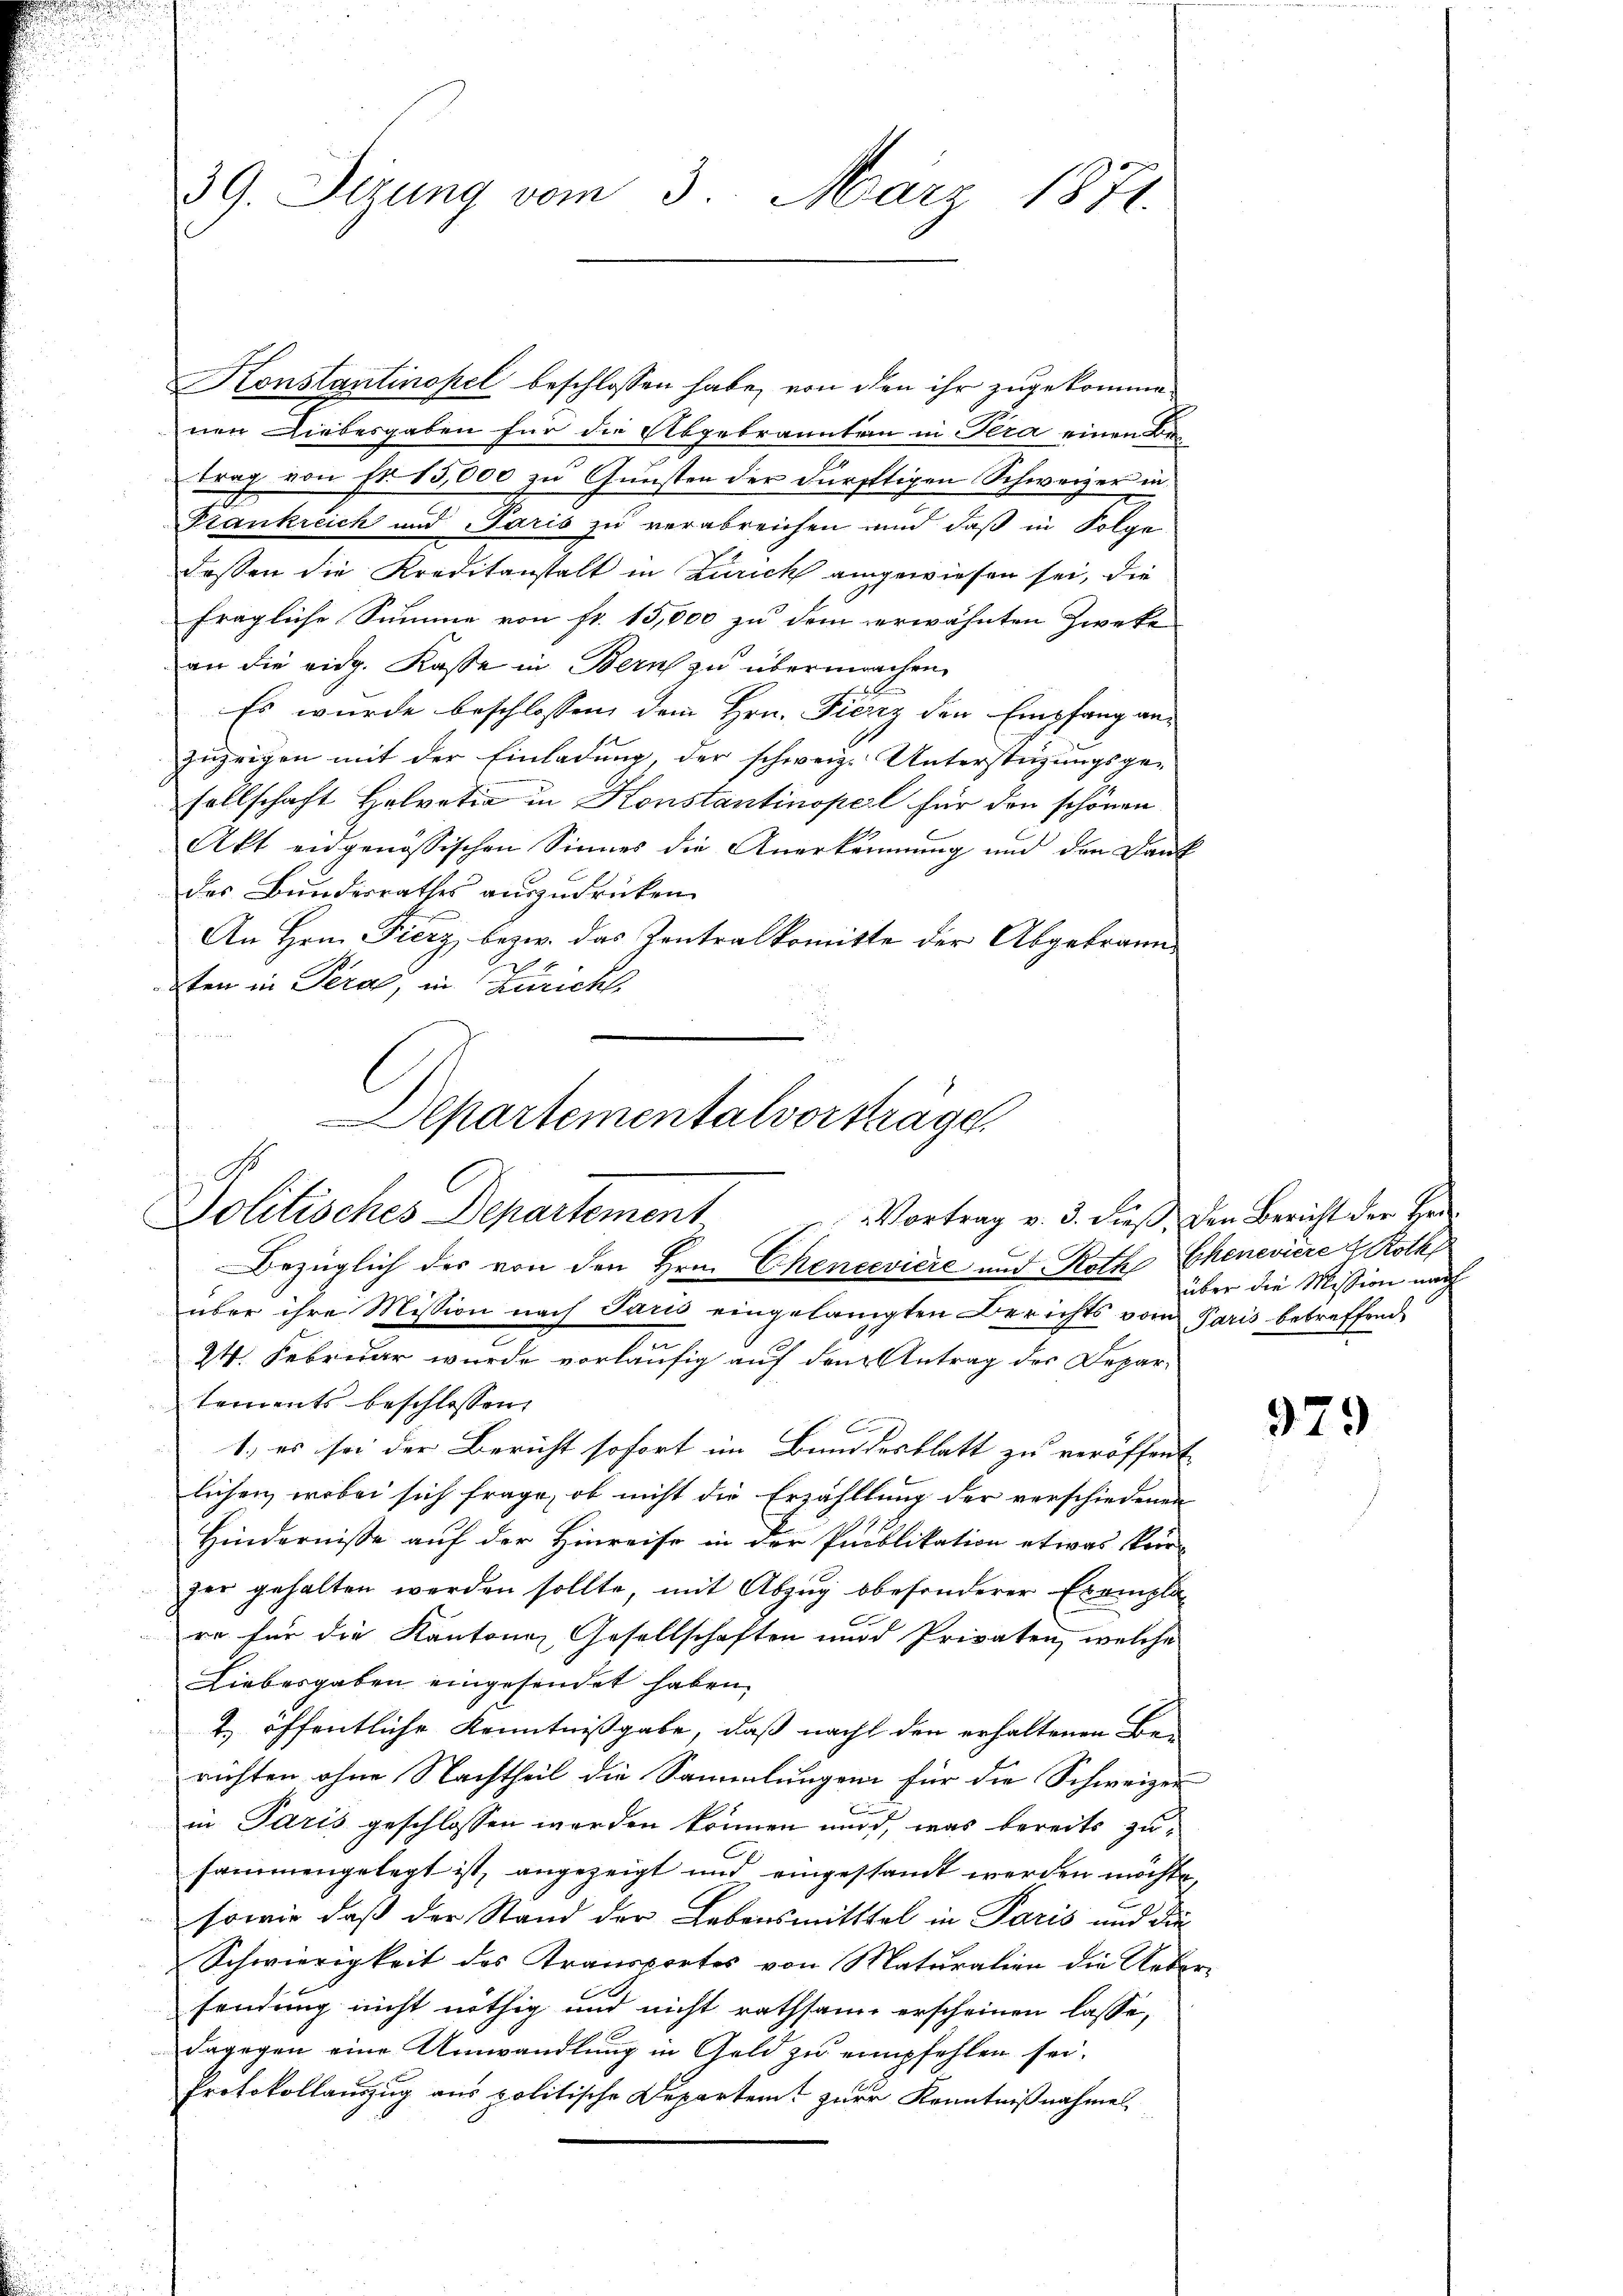
39. Sizung vom 3. März 1871.

Konstantinopel beschlossen habe, von den ihr zugekommenen Liebesgaben für die Abgebrannten in Tera einen Betrag von Fr. 15,000 zu Gunsten der dürftigen Schweizer in
Frankreich und Paris zu verabreichen und daß in Folge
Fassen die Kreditanstalt in Zürich angewiesen sei, die
fragliche Summe von fr. 15,000 zu dem erwähnten Zwecke
an die eidg. Kasse in Bern zu übermachen.
Es wurde beschlossen, dem Hrn. Fierz den Empfang anzuzeigen mit der Einladung, der schweiz. Unterstüzungsge-
sellschaft Helvetia in Konstantinopel für den schönen
Akt eidgenössischen Sinnes die Anerkennung und den Dank
des Bundesrathes auszudrücken.
An Hrn. Fierz bezw. das Zentralkomitte der Abgebraun¬
2ten in Perat, in Züricht

Departementalvorsträge.
Politisches Departement
Bezüglich der von den Hrn. Chenevière und Roth Chenevière d. Roth

über ihre Mission nach Paris eingelangten Berichts vom Paris betreffend
n
24. Februar wurde vorläufig auf den Antrag des Departements beschlossen,
1.) es sei der Bericht sofort im Bundesblatt zu veröffent
lichen, wobei sich frage, ob nicht die Erzähllung der verschiedenen
Hindernisse auf der Hinreise in der Publikation etwas kei-
zer gehalten werden sollte, mit Abzŭg bbesonderer Exempla-
re für die Kantonen Gesellschaften und Privaten, welche
Liebesgaben eingesendet haben.
2. öffentliche Kenntnißgabe, daß nacht den erhaltenen Berichten ohne Nachtheil die Sammlungen für die Schweizer
E
in Paris geschlossen werden können und, was bereits zusammengelegt ist, angezeigt und eingestandt werden möchte
sowie daß der Stand der Lebensmitttel in Paris und die¬
Schwierigkeit des Transportes von Maturalien die Ueber-
sendung nicht nöthig und nicht rathsame erscheinen lasse,
dagegen eine Umwandlung in Geld zu empfehlen sei.
Protokollauszug aus politische Departem zur Kenntnißnahme

Vortrag v. 3. dieß, den Bericht der Her
über die Mission nach

979